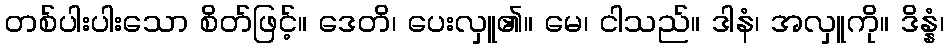
တစ်ပါးပါးသော စိတ်ဖြင့်။ ဒေတိ၊ ပေးလှူ၏။ မေ၊ ငါသည်။ ဒါနံ၊ အလှူကို။ ဒိန္နံ၊